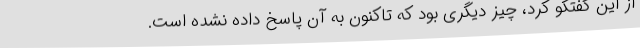
از این گفتگو کرد، چیز دیگری بود که تاکنون به آن پاسخ داده نشده است.